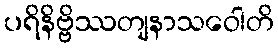
ပရိနိဗ္ဗိဿတျနာသဝေါတိ